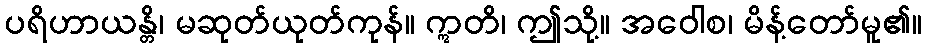
ပရိဟာယန္တိ၊ မဆုတ်ယုတ်ကုန်။ ဣတိ၊ ဤသို့။ အဝေါစ၊ မိန့်တော်မူ၏။